Annual report of lunatic asylums [Bombay] - 1912-1922
Year: 1912
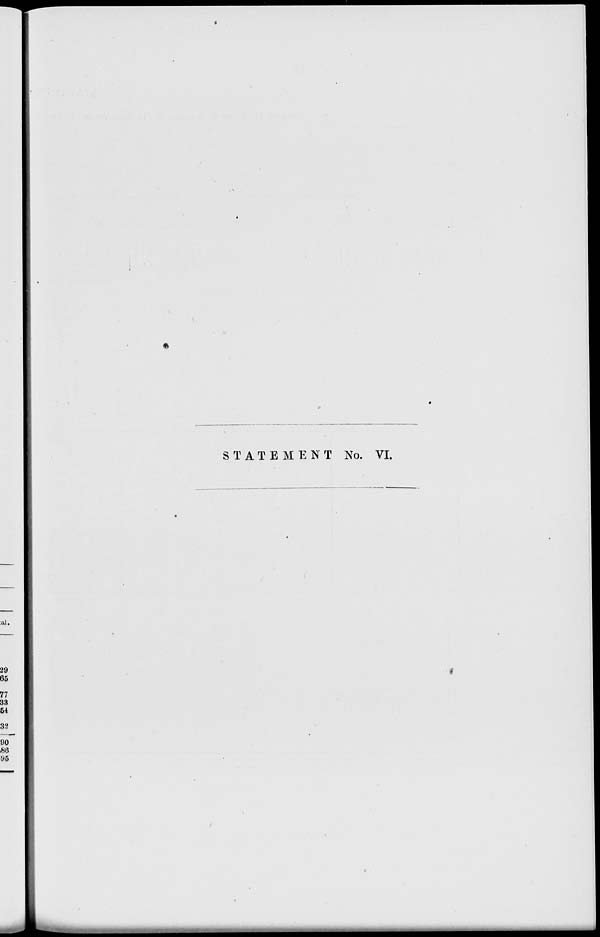
STATEMENT No. VI.